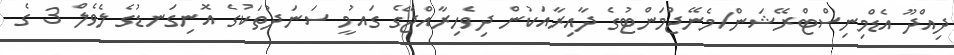
ދިއްދޫ އެޑްމިނިސްޓްރޭޝަން/މެނޭޖްމަންޓުގެ ދާއިރާއަކުން ދިވެހިރާއްޖޭގެ ގައުމީ ސަނަދުތަކުގެ އޮނިގަނޑުގެ ލެވެލް 3 ގެ